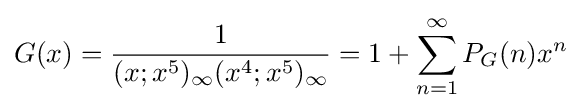
G(x)={\frac {1}{(x;x^{5})_{\infty }(x^{4};x^{5})_{\infty }}}=1+\sum _{n=1}^{\infty }P_{G}(n)x^{n}